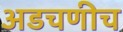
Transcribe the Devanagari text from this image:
अडचणीच